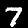
Label: 7